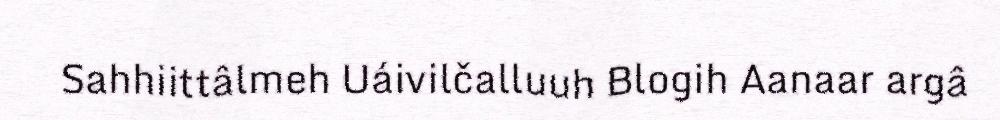
Sahhiittâlmeh Uáivilčalluuh Blogih Aanaar argâ